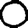
Digit: 0